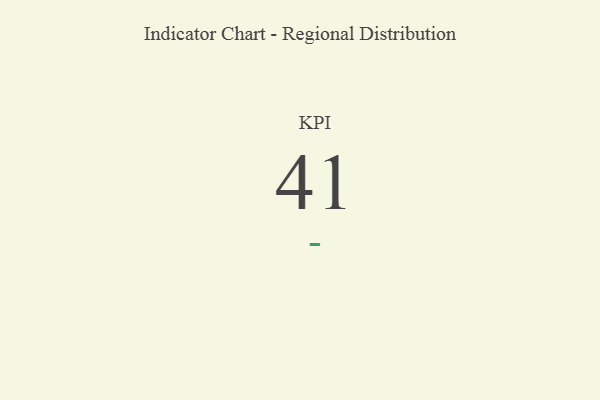
{"axis": {"x": "KPI", "y": "Value"}, "legend": [""], "data": [{"x": "KPI", "y": 41, "type": ""}]}